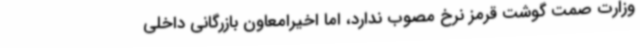
وزارت صمت گوشت قرمز نرخ مصوب ندارد، اما اخیرامعاون بازرگانی داخلی